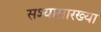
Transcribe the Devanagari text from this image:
सश्यासारख्या